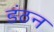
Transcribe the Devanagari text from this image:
डंठन